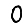
Digit: 0